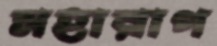
মহারাগ